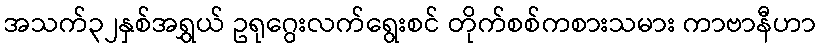
အသက်၃၂နှစ်အရွှယ် ဥရုဂွေးလက်ရွေးစင် တိုက်စစ်ကစားသမား ကာဗာနီဟာ